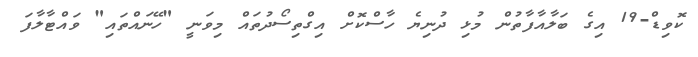
ކޮވިޑް-19 އިގެ ބަލާއާފާތުން މުޅި ދުނިޔެ ހާސްކޮށް އިގްތިސޯދުތައް މިވަނީ "ހޭނައްތައި" ވައްޓާލާފަ